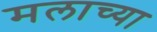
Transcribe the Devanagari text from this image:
मलाच्या